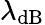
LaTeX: \lambda_{\mathrm{dB}}